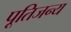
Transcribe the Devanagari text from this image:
पूतिजन्य